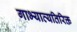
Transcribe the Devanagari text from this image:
गाभ्याव्यतिरिक्त